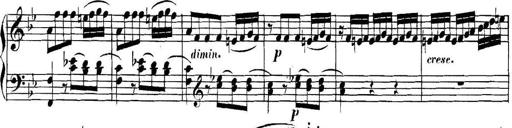
Title: Collected Piano Sonatas
Composer: Muzio Clementi